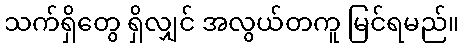
သက်ရှိတွေ ရှိလျှင် အလွယ်တကူ မြင်ရမည်။